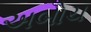
અબોચ